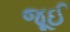
જૂઈ